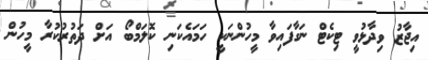
އިޖާޒު ވިދާޅުވީ ޓިކެޓް ނަގާފައިވާ މީހުންނަކީ ހަމައެކަނި ކޮލަމްބޯ އަށް ދަތުރުކުރާ މީހުން